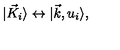
\vert { \vec { K } } _ { i } \rangle \leftrightarrow \vert \vec { k } , u _ { i } \rangle ,